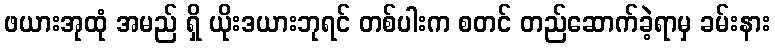
ဖယားအုထုံ အမည် ရှိ ယိုးဒယားဘုရင် တစ်ပါးက စတင် တည်ဆောက်ခဲ့ရာမှ ခမ်းနား